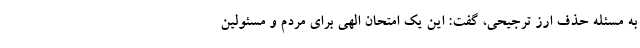
به مسئله حذف ارز ترجیحی، گفت: این یک امتحان الهی برای مردم و مسئولین